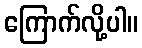
ကြောက်လို့ပါ။